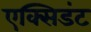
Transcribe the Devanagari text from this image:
एक्सिडंट